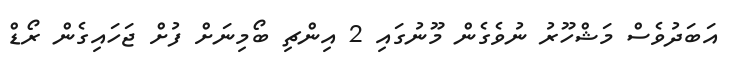
އަބަދުވެސް މަޝްހޫރު ނުވެގެން މޫނުގައި 2 އިންޗި ބޯމިނަށް ފުށް ޖަހައިގެން ރޯޑް